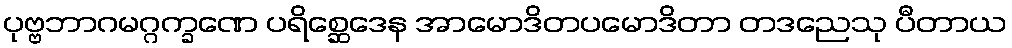
ပုဗ္ဗဘာဂမဂ္ဂက္ခဏေ ပရိစ္ဆေဒေန အာမောဒိတပမောဒိတာ တဒညေသု ပီတာယ